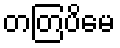
တတြပိမေ